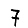
Digit: 7